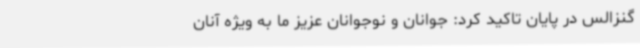
گنزالس در پایان تاکید کرد: جوانان و نوجوانان عزیز ما به ویژه آنان